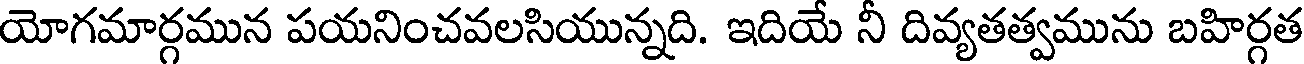
యోగమార్గమున పయనించవలసియున్నది. ఇదియే నీ దివ్యతత్వమును బహిర్గత